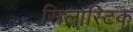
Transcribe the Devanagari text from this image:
सिलास्टिक